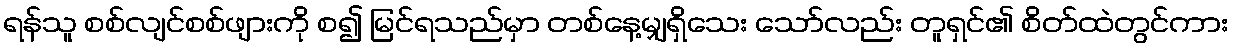
ရန်သူ စစ်လျင်စစ်ဖျားကို စ၍ မြင်ရသည်မှာ တစ်နေ့မျှရှိသေး သော်လည်း တူရှင်၏ စိတ်ထဲတွင်ကား